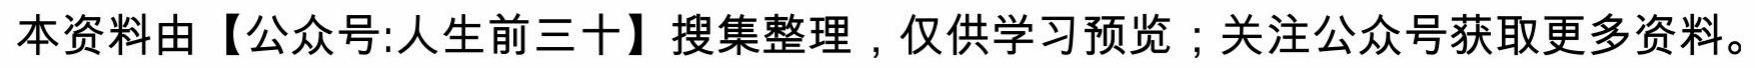
本资料由【公众号:人生前三十】搜集整理，仅供学习预览；关注公众号获取更多资料。